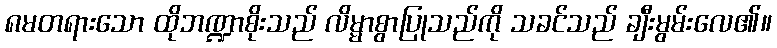
၈မတရားသော ထိုဘဏ္ဍာစိုးသည် လိမ္မာစွာပြုသည်ကို သခင်သည် ချီးမွမ်းလေ၏။